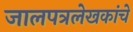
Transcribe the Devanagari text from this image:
जालपत्रलेखकांचे